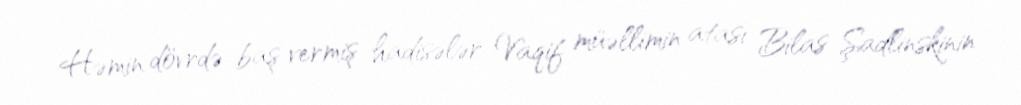
Həmin dövrdə baş vermiş hadisələr Vaqif müəllimin atası Bilas Şadlinskinin